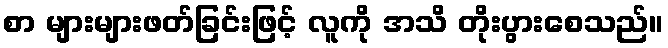
စာ များများဖတ်ခြင်းဖြင့် လူကို အသိ တိုးပွားစေသည်။